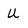
Character: u